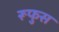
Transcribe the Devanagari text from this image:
रूफुस